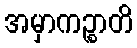
အမှာကဉ္စာတိ